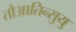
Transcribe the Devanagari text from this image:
तौआतिन्सुयु